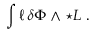
\int \ell \, \delta \Phi \wedge \star L ~ .